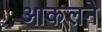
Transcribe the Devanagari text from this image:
आकलने